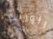
الوريث